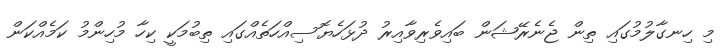
މި ހިނގާލުމުގައި ތިން ޖެނެރޭޝަން ބައިވެރިވާއިރު ދުޅަހެޔޮސިއްހަތެއްގައި ތިބުމަކީ ކިހާ މުހިންމު ކަމެއްކަން